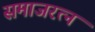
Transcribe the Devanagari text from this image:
समाजरत्न